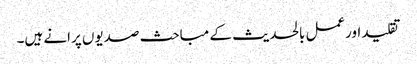
تقلید اورعمل بالحدیث کے مباحث صدیوں پرانے ہیں۔